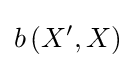
b\left(X^{\prime },X\right)